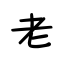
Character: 老